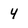
Character: 4